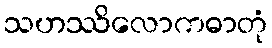
သဟဿိလောကဓာတုံ